Notes on vaccination in the North-West Frontier Province 1923-1928 - 1923-1928
Year: 1923
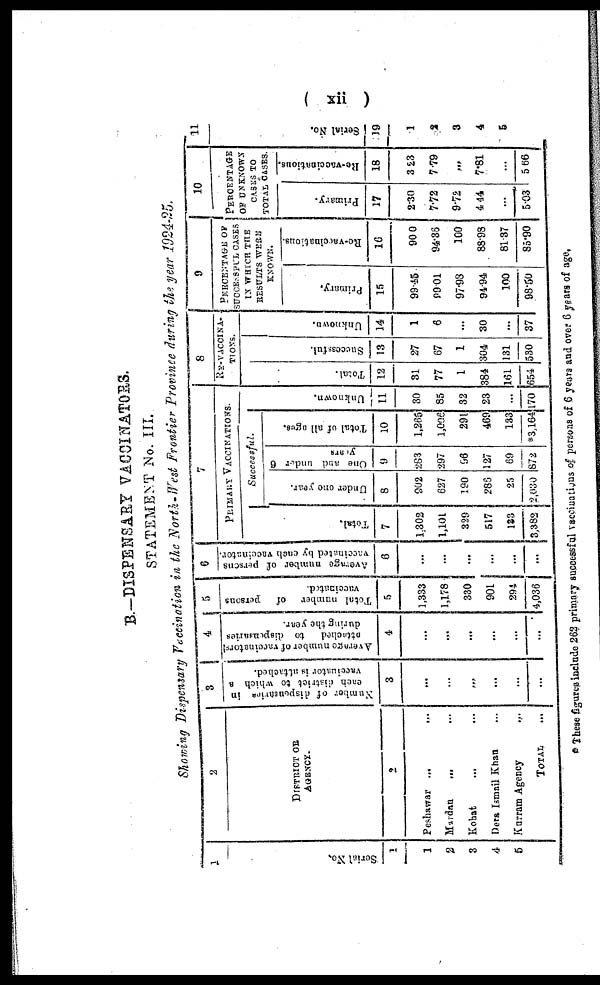
(xii )
B.—DISPENSARY VACCINATORS.
STATEMENT No. III.
Showing Dispensary Vaccination in the North-West Frontier Province during the year 1924-25.
1
Serial No.
1
1
2
3
4
5
2
DISTRICT OR
AGENCY.
2
Peshawar... ...
Mardan
... ...
Kohat ... ...
Dera Ismail Khan ...
Kurram Agency
...
TOTAL
...
3
Number of dispensaries in
each district to which a
vaccinator is attached.
3
...
...
...
...
...
...
4
Average number of vaccinators
attached
to dispensaries
during the year.
4
...
...
...
...
...
...
5
Total number of persons
vaccinated.
5
1,333
1,178
330
901
294
4,036
6
Average number of persons
vaccinated by each vaccinator.
6
...
...
...
...
...
7
PRIMARY VACCINATIONS.
Total.
7
1,302
1,101
329
517
133
3,382
Successful.
Under one year.
8
902
627
190
286
25
2,030
One and under 6
years.
9
283
297
96
127
69
872
Total of all ages.
10
1,265
1,006
291
469
133
*3,164
Unknown.
11
30
85
32
23
...
170
8
RE-VACCINA¬
TIONS.
Total.
12
31
77
1
384
161
654
Successful.
13
27
67
1
304
131
530
Unknown.
14
1
6
...
30
...
37
9
PERCENTAGE OF
SUCCESSFUL CASES
IS WHICH THE
RESULTS WERE
KNOWN.
Primary.
15
99.45
99.01
97.93
94.94
100
98.50
Re-vaccinations.
16
90.0
94.36
100
88.98
81.37
85.90
10
PERCENTAGE
OF UNKNOWN
CASES TO
TOTAL CASES.
Primary.
17
2.30
7.72
9.72
4.44
...
5.03
Re-vaccinations.
18
3.23
7.79
...
7.81
...
5.66
11
Serial No.
19
1
2
3
4
5
* These figures include 262 primary successful vaccinations of persons of 6 years and over 6 years of age.